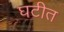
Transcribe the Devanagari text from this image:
घटीत